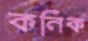
কনিক